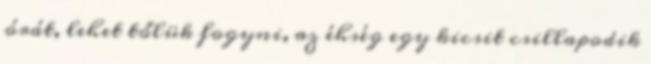
órát, lehet tőlük fogyni, az éhség egy kicsit csillapodik